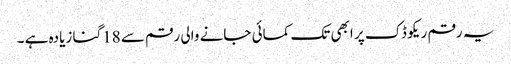
یہ رقم ریکو ڈک پر ابھی تک کمائی جانے والی رقم سے 18گنا زیادہ ہے ۔